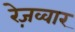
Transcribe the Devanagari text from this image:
रेज़व्वार